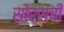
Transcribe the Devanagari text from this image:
सोर्सची